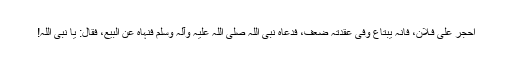
اُحْجُرْ عَلٰی فُـلَانٍ، فَاِنَّہُ یَبْتَاعُ وَفِیْ عُقْدَتِہِ ضَعْفٌ، فَدَعَاہُ نَبِیُّ اللّٰہِ ‌صلی ‌اللہ ‌علیہ ‌وآلہ ‌وسلم فَنَہَاہُ عَنِ الْبَیْعِ، فقَالَ: یَا نَبِیَّ اللّٰہِ!